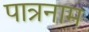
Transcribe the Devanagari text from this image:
पात्रनाम